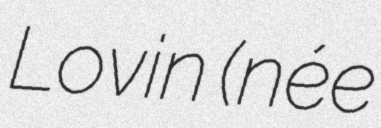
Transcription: Lovin (née